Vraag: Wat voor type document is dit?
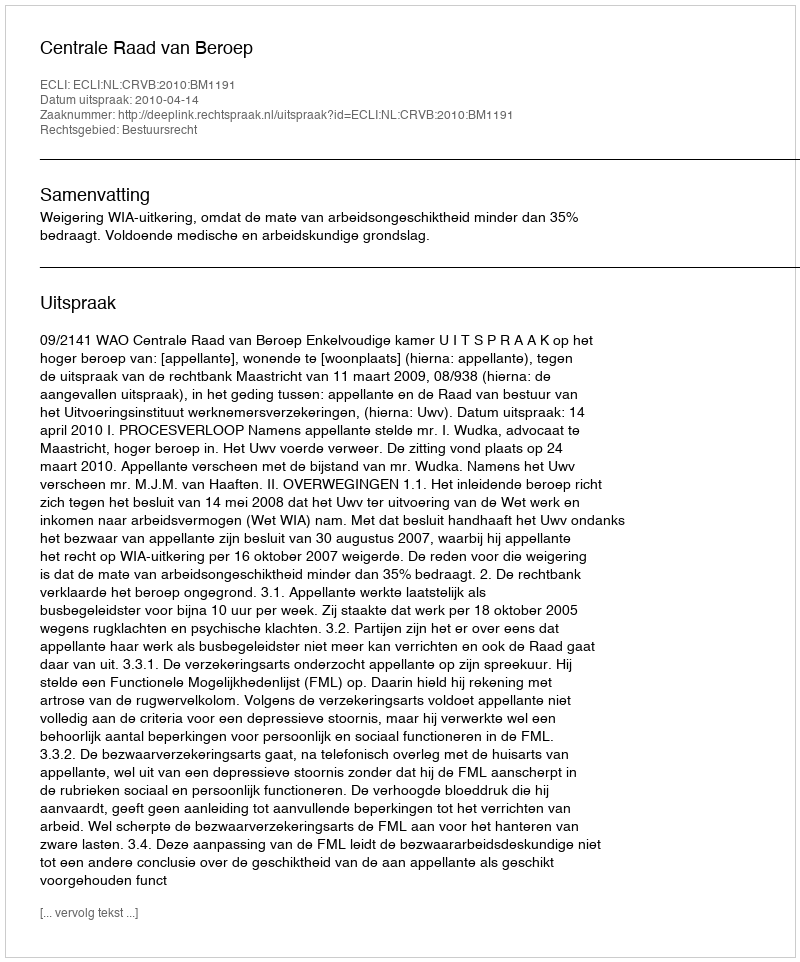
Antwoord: Uitspraak